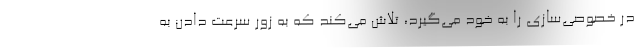
در خصوصی‌سازی را به خود می‌گیرد، تلاش می‌کند که به زور سرعت دادن به